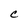
Character: C